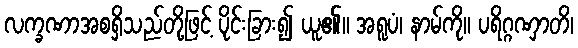
လက္ခဏာအစရှိသည်တို့ဖြင့် ပိုင်းခြား၍ ယူ၏။ အရူပံ၊ နာမ်ကို။ ပရိဂ္ဂဏှာတိ၊